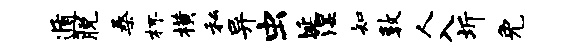
遁脱桑杯横私异虫埏湿知敦人入圻免